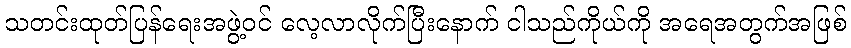
သတင်းထုတ်ပြန်ရေးအဖွဲ့ဝင် လေ့လာလိုက်ပြီးနောက် ငါသည်ကိုယ်ကို အရေအတွက်အဖြစ်